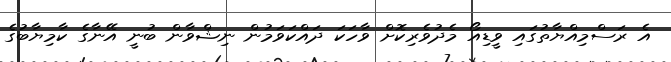
އެ ރަސްމިއްޔާތުގައި ވީޑިއޯ މެދުވެރިކޮށް ވާހަކަ ދައްކަވަމުން ނިޝްވާން ބުނީ އޭނާގެ ކާމިޔާބުގެ